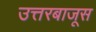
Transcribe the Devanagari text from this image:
उत्तरबाजूस